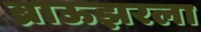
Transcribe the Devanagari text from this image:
ब्राऊझरला